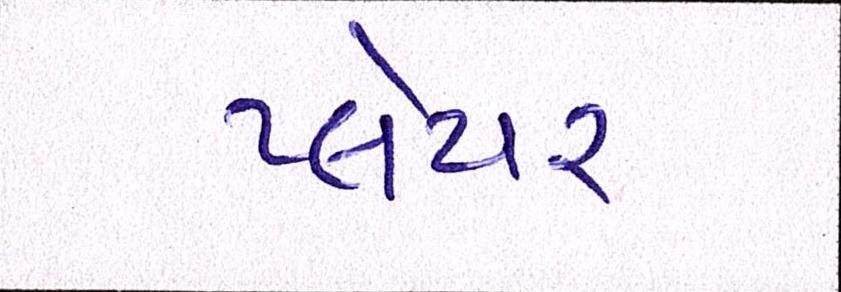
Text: પ્લેયર